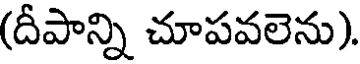
(దీపాన్ని చూపవలెను).